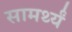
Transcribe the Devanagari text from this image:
सामर्थ्यं